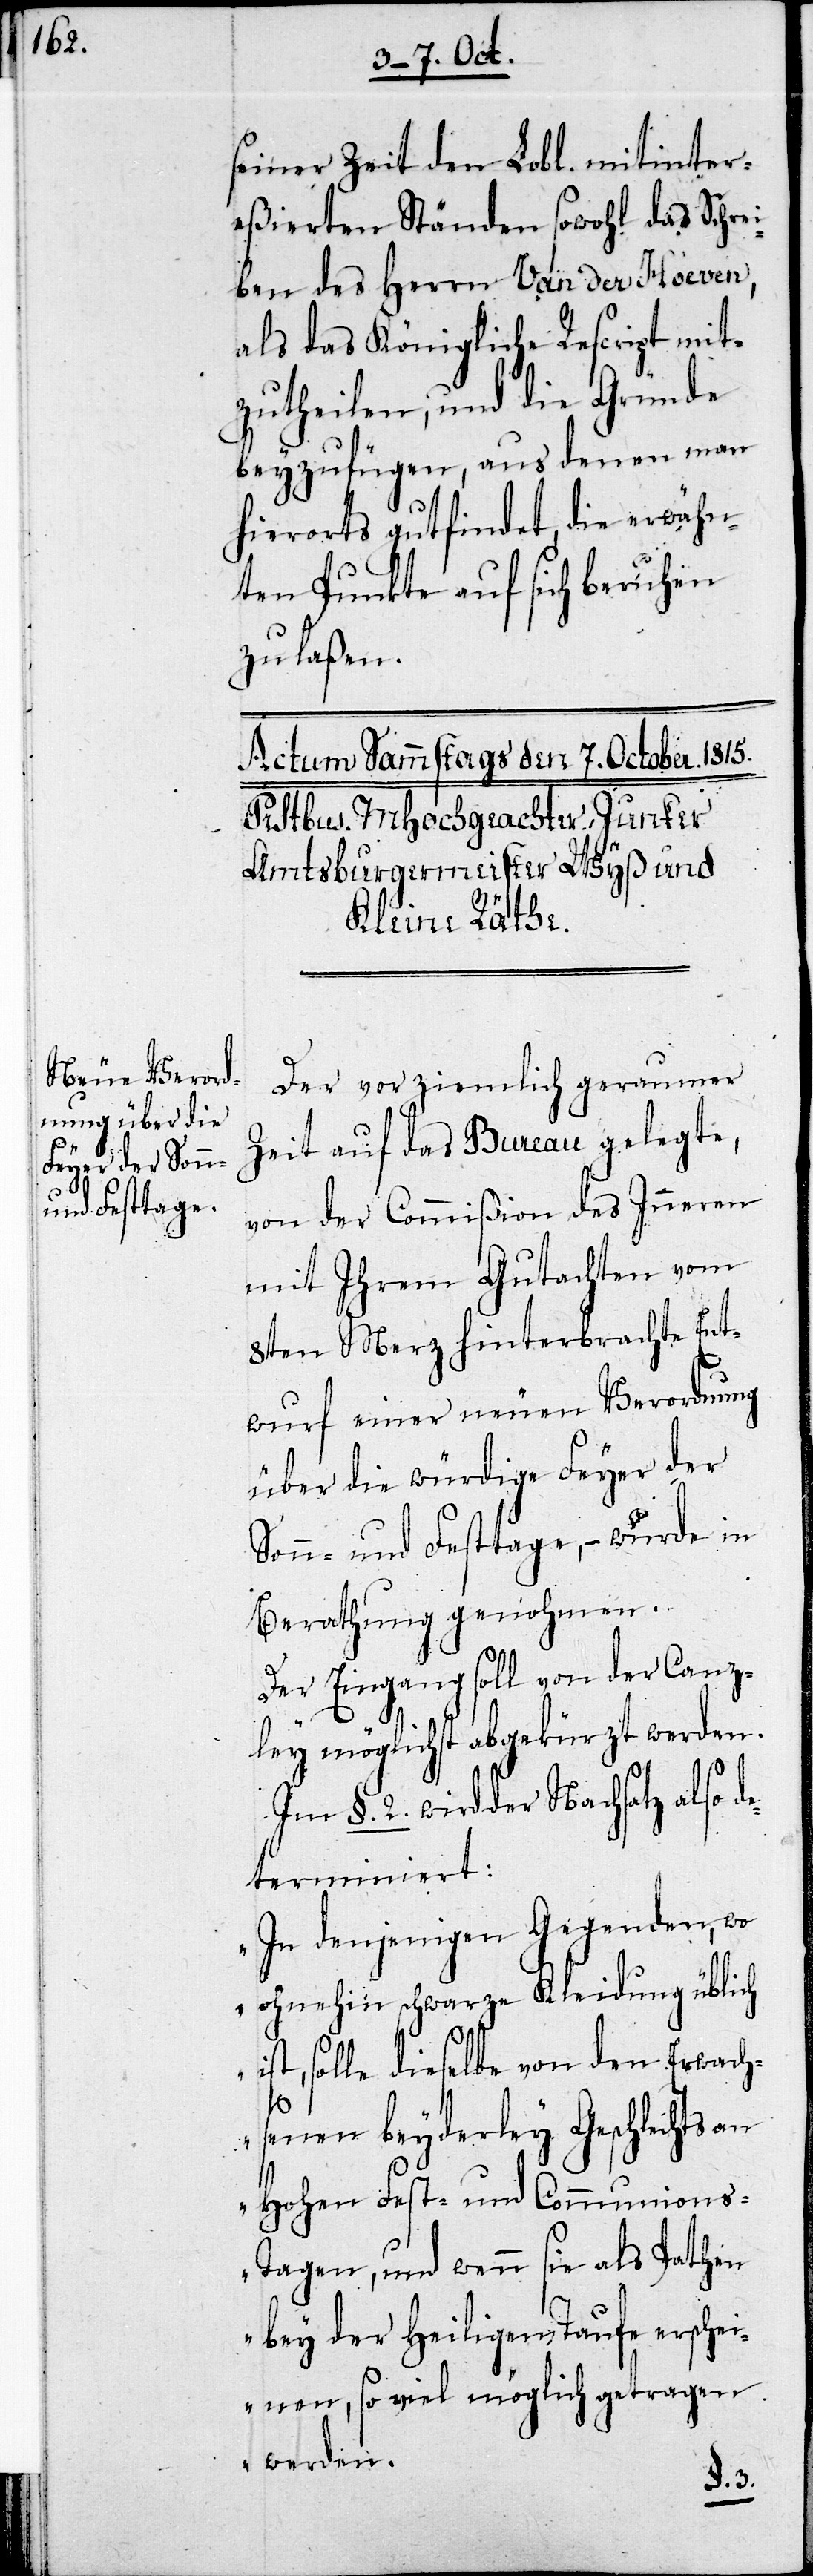
seiner Zeit den Lobl. mitinter¬
eßierten Ständen sowohl das Schre¬
iben des Herrn Van der Hoeven,
als das Königliche Rescript mit¬
zutheilen, und die Gründe
beyzufügen, aus denen man
hierorts gutfindet, die erwähn¬
ten Punkte auf sich beruhen
zu laßen.
Der vor ziemlich geraumer
Zeit auf das Bureau gelegte,
von der Commißion des Inneren
mit Ihrem Gutachten vom
8ten Merz hinterbrachte Ent¬
wurf einer neuen Verordnung
über die würdige Feyer der
Sonn- und Feyertage, – wurde in
Berathung genohmen.
Der Eingang soll von der Canz¬
ley möglichst abgekürzt werden.
§. 2. wird der Nachsatz also d¬
eterminiert:
„In denjenigen Gegenden, wo
ohnehin schwarze Kleidung üblich
ist, solle dieselbe von den Erwach¬
senen beyderley Geschlechts an
Hohen Fest- und Communion¬
s-Tagen, und wenn sie als Pathen
bey der heiligen Taufe erschei¬
nen so viel möglich getragen
werden.